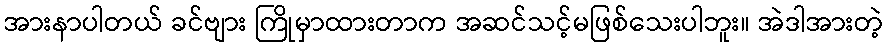
အားနာပါတယ် ခင်ဗျား ကြိုမှာထားတာက အဆင်သင့်မဖြစ်သေးပါဘူး။ အဲဒါအားတဲ့